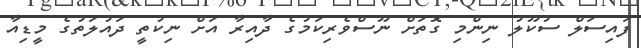
ފައިސަލް ސުކޫލު ނިންމި ގޮތަށް ނޫސްވެރިކަމުގެ ދާއިރާ އަށް ނިކުތީ ދައުލަތުގެ މީޑިއާ